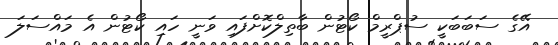
އޭގެ ސަބަބަކީ ސުޕްރީމް ކޯޓުން ބާތިލްކޮށްފައި ވަނީ ހައި ކޯޓުން އެ މައްސަލަ